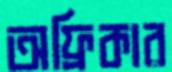
অফ্রিকার